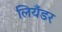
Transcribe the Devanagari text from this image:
लियँडर